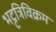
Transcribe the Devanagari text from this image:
भट्टत्रिविक्रम